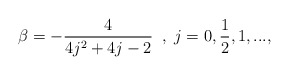
\begin{align*}\beta = -\frac{4}{4j^2 + 4j - 2} \; \; , \; j = 0, \frac{1}{2}, 1, ...,\end{align*}